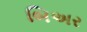
બિઅર